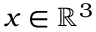
x \in \mathbb { R } ^ { 3 }